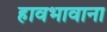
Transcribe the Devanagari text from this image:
हावभावाना